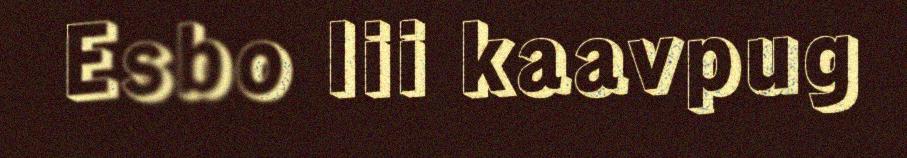
Esbo lii kaavpug